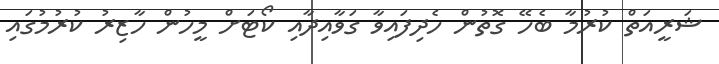
ޝަރީއަތް ކުރުމާ ބެހޭ ގޮތުން ހެދިފައިވާ ގަވާއިދާއި ކޯޓަށް މީހުން ހާޒިރު ކުރުމުގައި